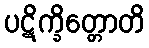
ပဋိက္ခိတ္တောတိ